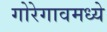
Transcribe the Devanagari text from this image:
गोरेगावमध्ये